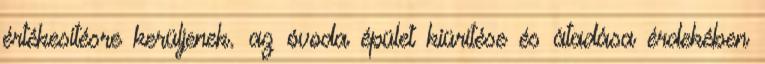
értékesítésre kerüljenek. az óvoda épület kiürítése és átadása érdekében